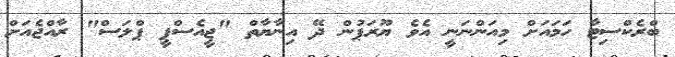
ބްރެކްސިޓާ ހަމައަށް މިއަންނަނީ އެވެ ޔޫރަޕުން ދޭ އިނާޔާތް "ޖީއެސްޕީ ޕްލަސް" ރާއްޖެއަށް